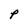
Character: P